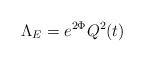
\begin{align*}\Lambda_E = e^{2\Phi}Q^2(t) \end{align*}